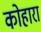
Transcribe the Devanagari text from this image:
कोहारा